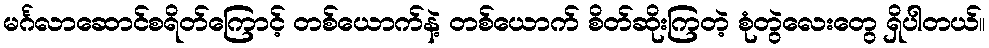
မင်္ဂလာဆောင်စရိတ်ကြောင့် တစ်ယောက်နဲ့ တစ်ယောက် စိတ်ဆိုးကြတဲ့ စုံတွဲလေးတွေ ရှိပါတယ်။